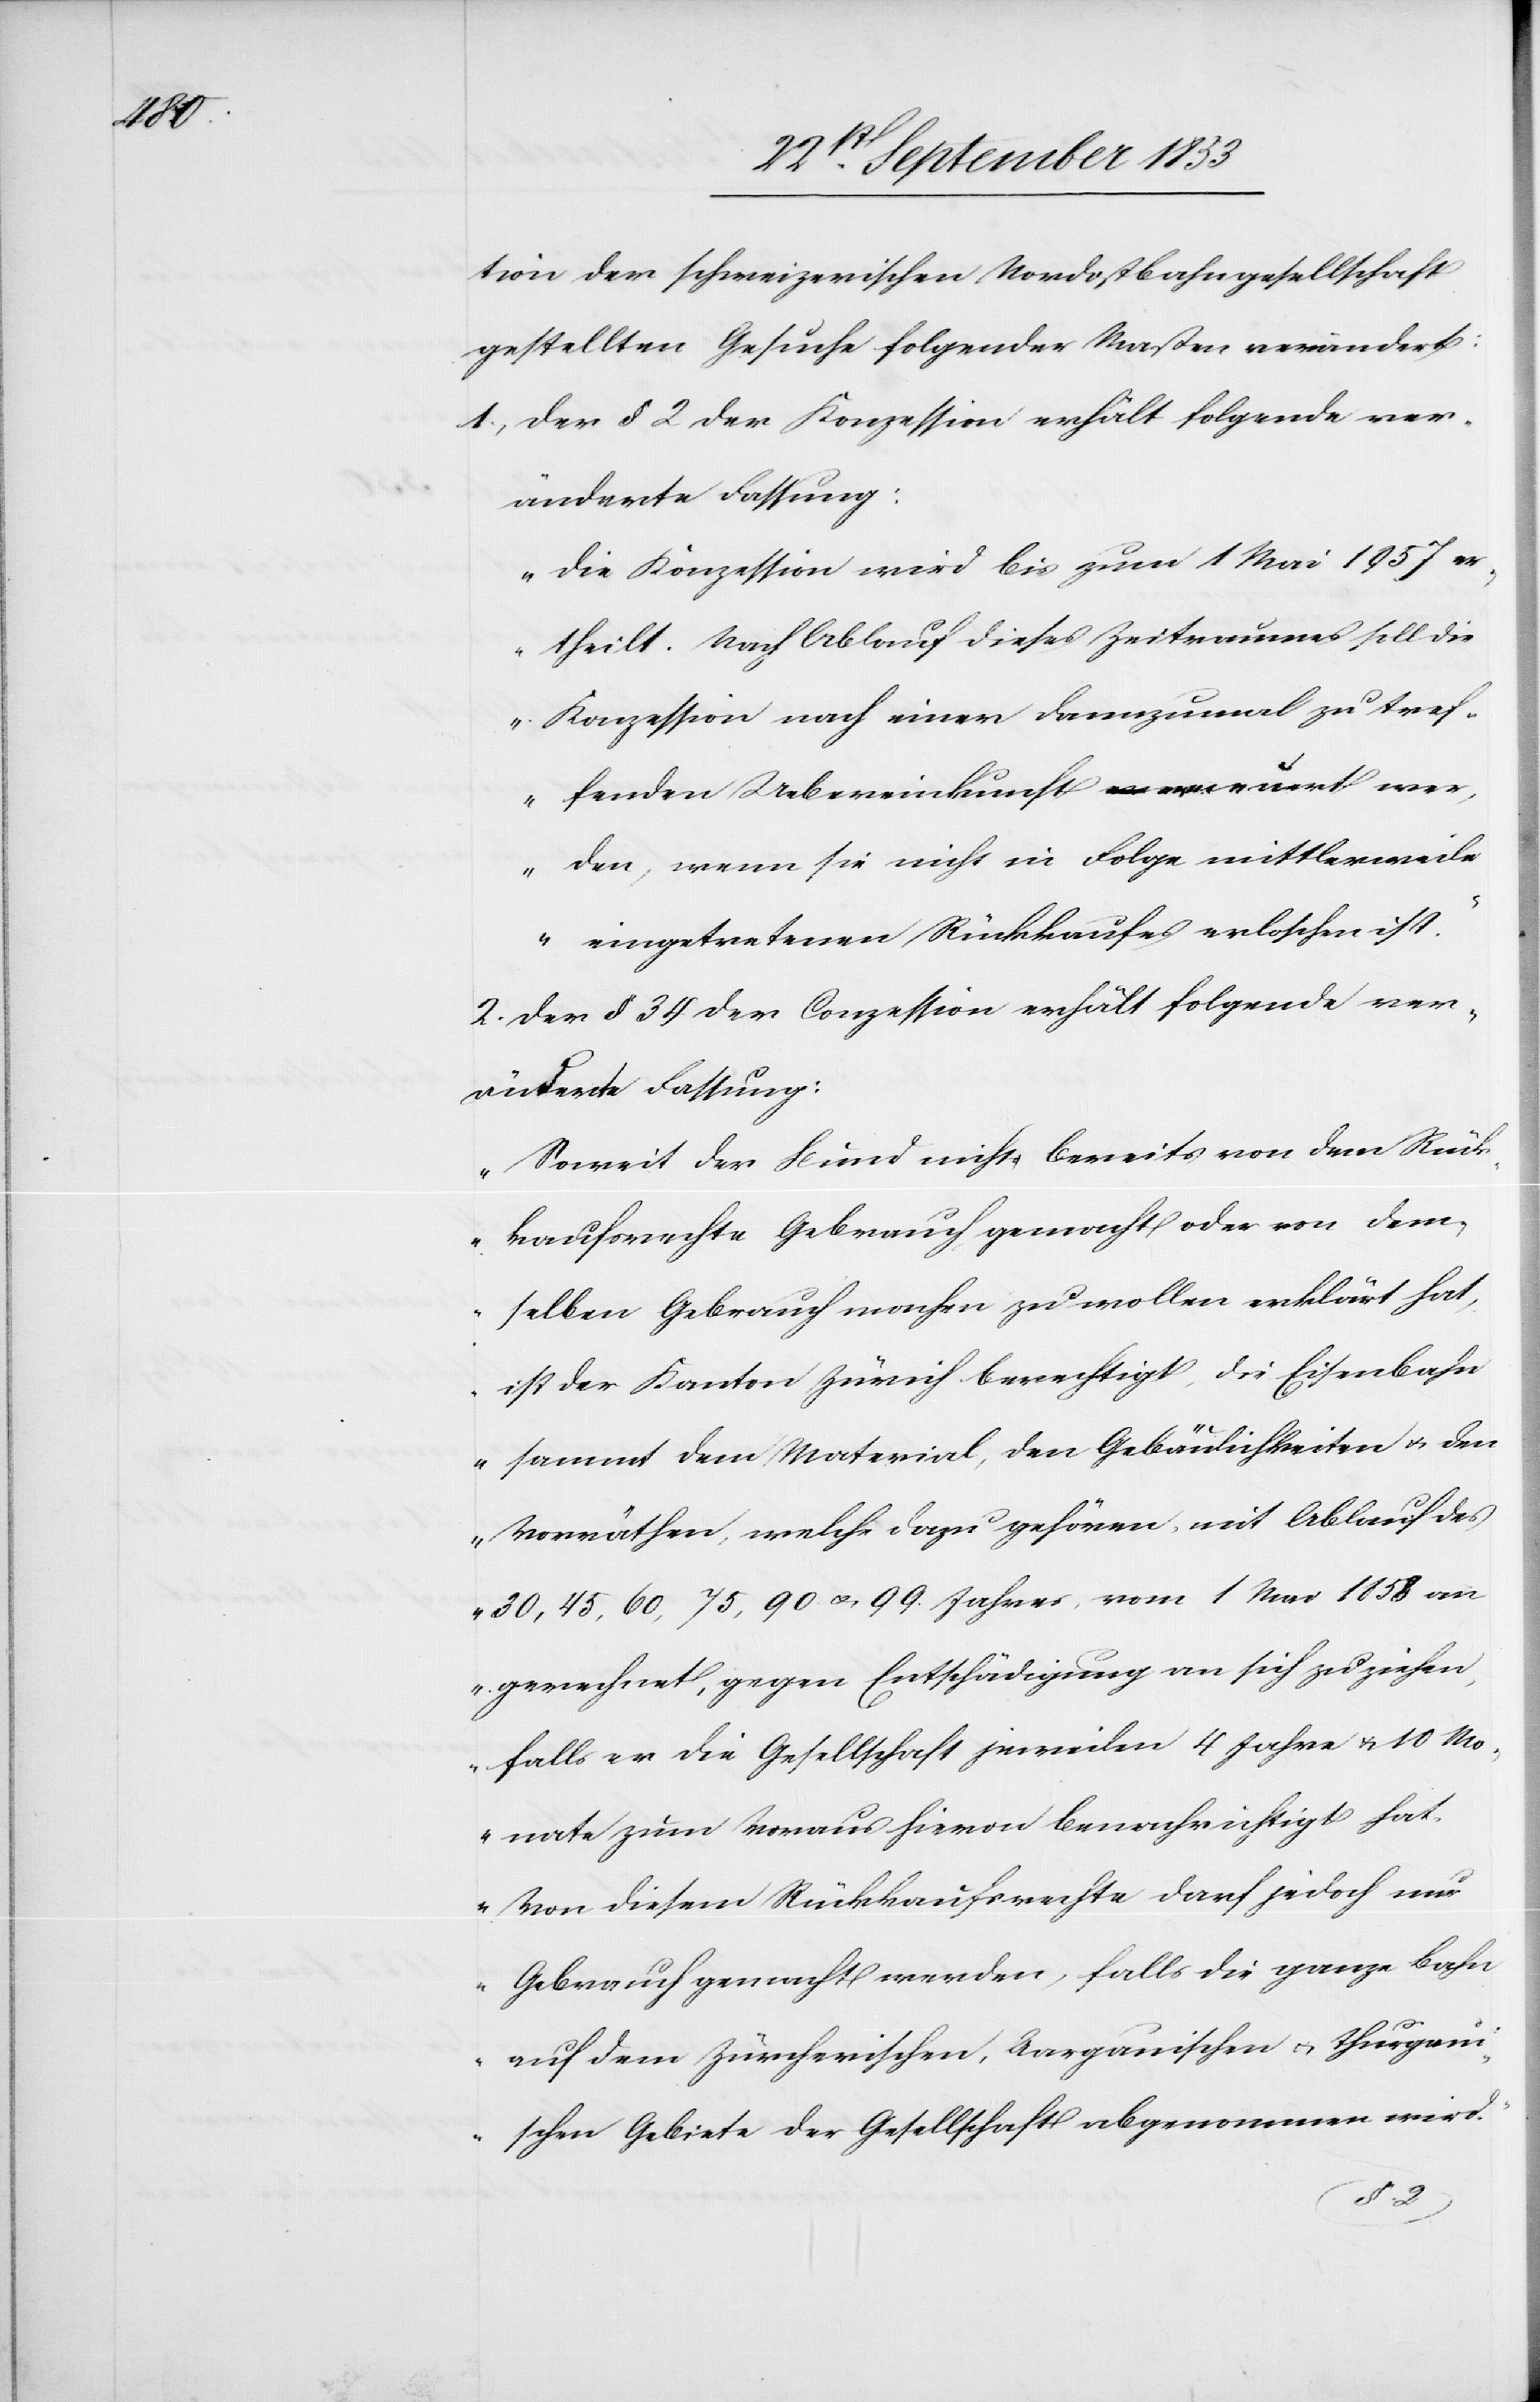
tion der schweizerischen Nordostbahngesellschaft
gestellten Gesuche folgender Maßen verändert:
1, der § 2 der Konzession erhält folgende ver¬
„Die Konzession wird bis zum 1 Mai 1957 er¬
theilt. Nach Ablauf dieses Zeitraumes soll die
Konzession nach einer dannzumal zu tref¬
fenden Uebereinkunft erneuert wer¬
den, wenn sie nicht in Folge mittlerweile
eingetretenen Rückkaufes erloschen ist.“
2, der § 34 der Conzession erhält folgende ver¬
änderte Fassung:
„Soweit der Bund nicht bereits von dem Rück¬
kaufsrechte Gebrauch gemacht oder von dem¬
selben Gebrauch machen zu wollen erklärt hat,
ist der Kanton Zürich berechtigt, die Eisenbahn
sammt dem Material, den Gebäulichkeiten u. den
Vorräthen, welche dazu gehören, mit Ablauf des
30, 45, 60, 75, 90 u. 99 Jahres vom 1 Mai 1858 an
gerechnet, gegen Entschädigung an sich zu ziehen,
falls er die Gesellschaft jeweilen 4 Jahre u. 10 M¬
onate zum Voraus hievon benachrichtigt hat.
Von diesem Rückkaufsrechte darf jedoch nur
Gebrauch gemacht werden, falls die ganze Bahn
auf dem zürcherischen, aargauischen u. thurgaui¬
schen Gebiete der Gesellschaft abgenommen wird.